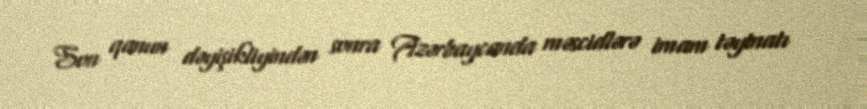
Son qanun dəyişikliyindən sonra Azərbaycanda məscidlərə imam təyinatı